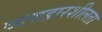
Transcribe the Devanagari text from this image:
व्यवहारशीलता